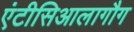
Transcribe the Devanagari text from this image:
एंटीसिआलागौग